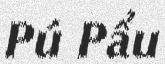
Pú Pẩu